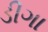
ડીગા